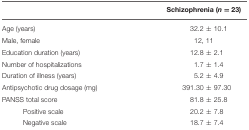
|  | Schizophrenia (n = 23) |
 | --- | --- |
 | Age (years) | 32.2 ± 10.1 |
 | Male, female | 12, 11 |
 | Education duration (years) | 12.8 ± 2.1 |
 | Number of hospitalizations | 1.7 ± 1.4 |
 | Duration of illness (years) | 5.2 ± 4.9 |
 | Antipsychotic drug dosage (mg) | 391.30 ± 97.30 |
 | PANSS total score | 81.8 ± 25.8 |
 | Positive scale | 20.2 ± 7.8 |
 | Negative scale | 18.7 ± 7.4 |